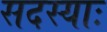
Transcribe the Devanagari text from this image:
सदस्याः